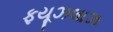
ફયૂઝલાઝ